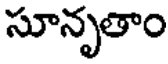
సూనృతాం